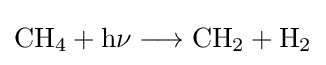
{\mathrm {CH} {\vphantom {A}}_{\smash[{t}]{4}}{}+{}\mathrm {h\nu } {}\mathrel {\longrightarrow } {}\mathrm {CH} {\vphantom {A}}_{\smash[{t}]{2}}{}+{}\mathrm {H} {\vphantom {A}}_{\smash[{t}]{2}}}